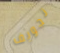
تجويف